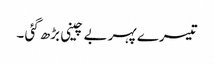
تیسرے پہر بے چینی بڑھ گئی ۔